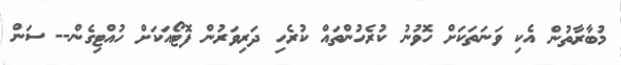
މުބާރާތުން އެކި ވަނަތަކަށް ހޮވުނު ކުރެހުންތައް ކުރެހި ދަރިވަރުން ފޮޓޯއަކަށް ހުއްޓިގެން-- ސަން